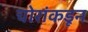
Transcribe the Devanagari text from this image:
चोरांकडून